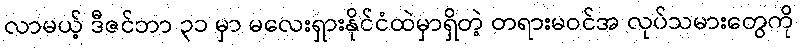
လာမယ့် ဒီဇင်ဘာ ၃၁ မှာ မလေးရှားနိုင်ငံထဲမှာရှိတဲ့ တရားမဝင်အ လုပ်သမားတွေကို